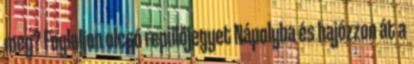
meg? Foglaljon olcsó repülőjegyet Nápolyba és hajózzon át a